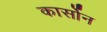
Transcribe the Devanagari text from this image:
कार्सोन